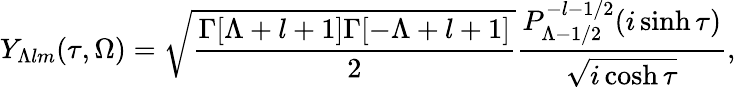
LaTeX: Y_{\Lambda lm}(\tau,\Omega)=\sqrt{\frac{\Gamma[\Lambda+l+1]\Gamma[-\Lambda+l+1]}{2}}\frac{P_{\Lambda-1/2}^{-l-1/2}(i\sinh\tau)}{\sqrt{i\cosh\tau}},